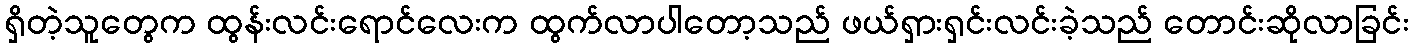
ရှိတဲ့သူတွေက ထွန်းလင်းရောင်လေးက ထွက်လာပါတော့သည် ဖယ်ရှားရှင်းလင်းခဲ့သည် တောင်းဆိုလာခြင်း